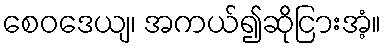
စေဝဒေယျ၊ အကယ်၍ဆိုငြားအံ့။